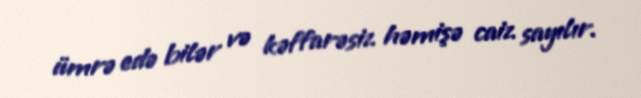
ümrə edə bilər və kəffarəsiz həmişə caiz sayılır.